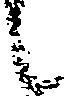
候